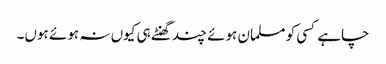
چاہے کسی کو مسلمان ہوئے چند گھنٹے ہی کیوں نہ ہوئے ہوں۔